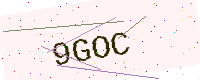
Text: 9GOC